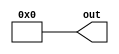
// Copyright (c) 2019, Microchip Corporation
// All rights reserved.
//
// Redistribution and use in source and binary forms, with or without
// modification, are permitted provided that the following conditions are met:
//     * Redistributions of source code must retain the above copyright
//       notice, this list of conditions and the following disclaimer.
//     * Redistributions in binary form must reproduce the above copyright
//       notice, this list of conditions and the following disclaimer in the
//       documentation and/or other materials provided with the distribution.
//     * Neither the name of the <organization> nor the
//       names of its contributors may be used to endorse or promote products
//       derived from this software without specific prior written permission.
//
// THIS SOFTWARE IS PROVIDED BY THE COPYRIGHT HOLDERS AND CONTRIBUTORS "AS IS" AND
// ANY EXPRESS OR IMPLIED WARRANTIES, INCLUDING, BUT NOT LIMITED TO, THE IMPLIED
// WARRANTIES OF MERCHANTABILITY AND FITNESS FOR A PARTICULAR PURPOSE ARE
// DISCLAIMED. IN NO EVENT SHALL MICROSEMI CORPORATIONM BE LIABLE FOR ANY
// DIRECT, INDIRECT, INCIDENTAL, SPECIAL, EXEMPLARY, OR CONSEQUENTIAL DAMAGES
// (INCLUDING, BUT NOT LIMITED TO, PROCUREMENT OF SUBSTITUTE GOODS OR SERVICES;
// LOSS OF USE, DATA, OR PROFITS; OR BUSINESS INTERRUPTION) HOWEVER CAUSED AND
// ON ANY THEORY OF LIABILITY, WHETHER IN CONTRACT, STRICT LIABILITY, OR TORT
// (INCLUDING NEGLIGENCE OR OTHERWISE) ARISING IN ANY WAY OUT OF THE USE OF THIS
// SOFTWARE, EVEN IF ADVISED OF THE POSSIBILITY OF SUCH DAMAGE.
//
// APACHE LICENSE
// Copyright (c) 2019, Microchip Corporation 
//
// Licensed under the Apache License, Version 2.0 (the "License");
// you may not use this file except in compliance with the License.
// You may obtain a copy of the License at
//
//    http://www.apache.org/licenses/LICENSE-2.0
//
// Unless required by applicable law or agreed to in writing, software
// distributed under the License is distributed on an "AS IS" BASIS,
// WITHOUT WARRANTIES OR CONDITIONS OF ANY KIND, either express or implied.
// See the License for the specific language governing permissions and
// limitations under the License.
//
// Description:
//
// SVN Revision Information:
// SVN $Revision: $
// SVN $Date: $
//
// Resolved SARs
// SAR      Date     Who   Description
//
// Notes:
//
// ****************************************************************************/
`ifndef RANDOMIZE_REG_INIT 
	 `define RANDOMIZE_REG_INIT 
 `endif
`ifndef RANDOMIZE_MEM_INIT 
	 `define RANDOMIZE_MEM_INIT 
 `endif
`ifndef RANDOMIZE 
	 `define RANDOMIZE 
`endif

`timescale 1ns/10ps
module MIV_RV32IMAF_L1_AHB_C0_MIV_RV32IMAF_L1_AHB_C0_0_MIV_RV32IMAF_L1_AHB_PLUSARG_READER #(parameter FORMAT="borked=%d", DEFAULT=0) (
   output [31:0] out
);

`ifdef SYNTHESIS
assign out = DEFAULT;
`else
reg [31:0] myplus;
assign out = myplus;

initial begin
   if (!$value$plusargs(FORMAT, myplus)) myplus = DEFAULT;
end
`endif

endmodule// plusarg_reader.v